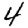
Digit: 4